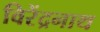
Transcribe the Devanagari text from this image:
विरेंद्रनाथ